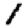
Digit: 1